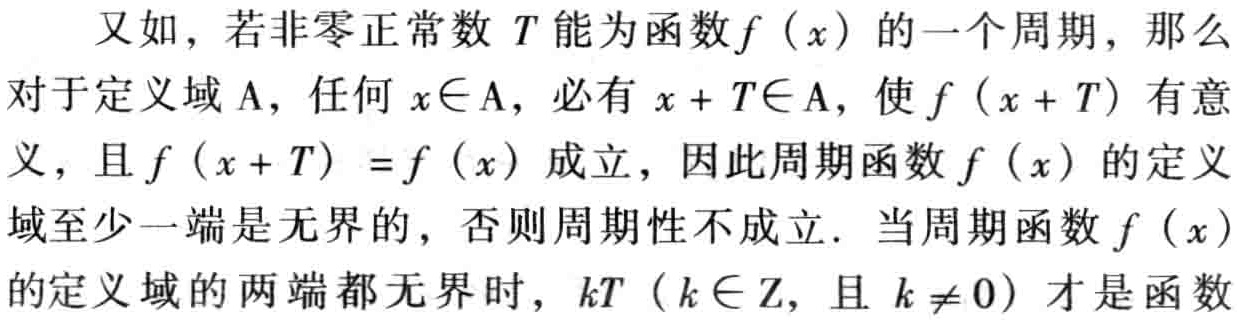
又如，若非零正常数 \(T\) 能为函数 \(f(x)\) 的一个周期，那么对于定义域 \(\mathrm{A}\)，任何 \(x\in\mathrm{A}\)，必有 \(x + T\in\mathrm{A}\)，使 \(f(x + T)\) 有意义，且 \(f(x + T)=f(x)\) 成立，因此周期函数 \(f(x)\) 的定义域至少一端是无界的，否则周期性不成立. 当周期函数 \(f(x)\) 的定义域的两端都无界时，\(kT\)（\(k\in\mathbb{Z}\)，且 \(k\neq 0\)）才是函数